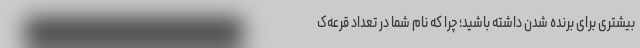
بیشتری برای برنده شدن داشته باشید؛ چرا که نام شما در تعداد قرعه‌ک